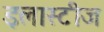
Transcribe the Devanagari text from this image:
इलास्टीज